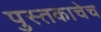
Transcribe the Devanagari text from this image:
पुस्तकाचेच